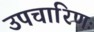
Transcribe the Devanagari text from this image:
उपचारिणः